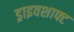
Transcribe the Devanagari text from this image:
ड्राइवशाफ्ट